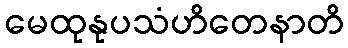
မေထုနုပသံဟိတေနာတိ